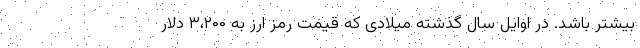
بیشتر باشد. در اوایل سال گذشته میلادی که قیمت رمز ارز به ۳،۲۰۰ دلار